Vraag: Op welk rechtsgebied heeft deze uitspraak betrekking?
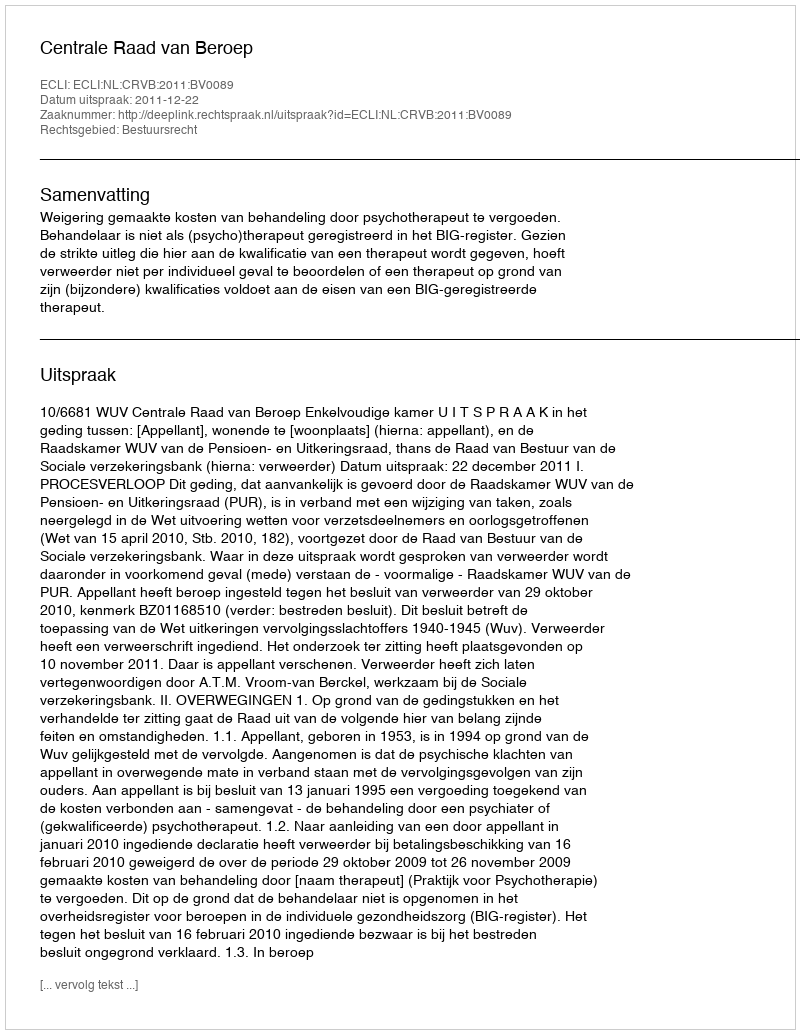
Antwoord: Bestuursrecht